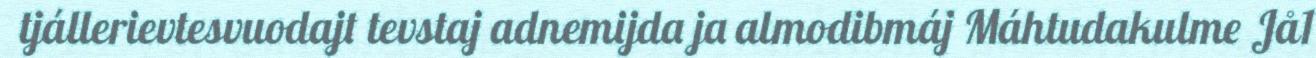
tjállerievtesvuodajt tevstaj adnemijda ja almodibmáj Máhtudakulme Jå1